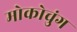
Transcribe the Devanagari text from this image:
मोकोचुंग